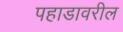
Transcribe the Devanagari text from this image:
पहाडावरील